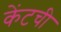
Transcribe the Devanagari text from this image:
केंटची